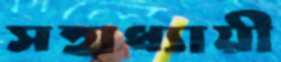
সহাধ্যায়ী